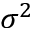
\sigma ^ { 2 }